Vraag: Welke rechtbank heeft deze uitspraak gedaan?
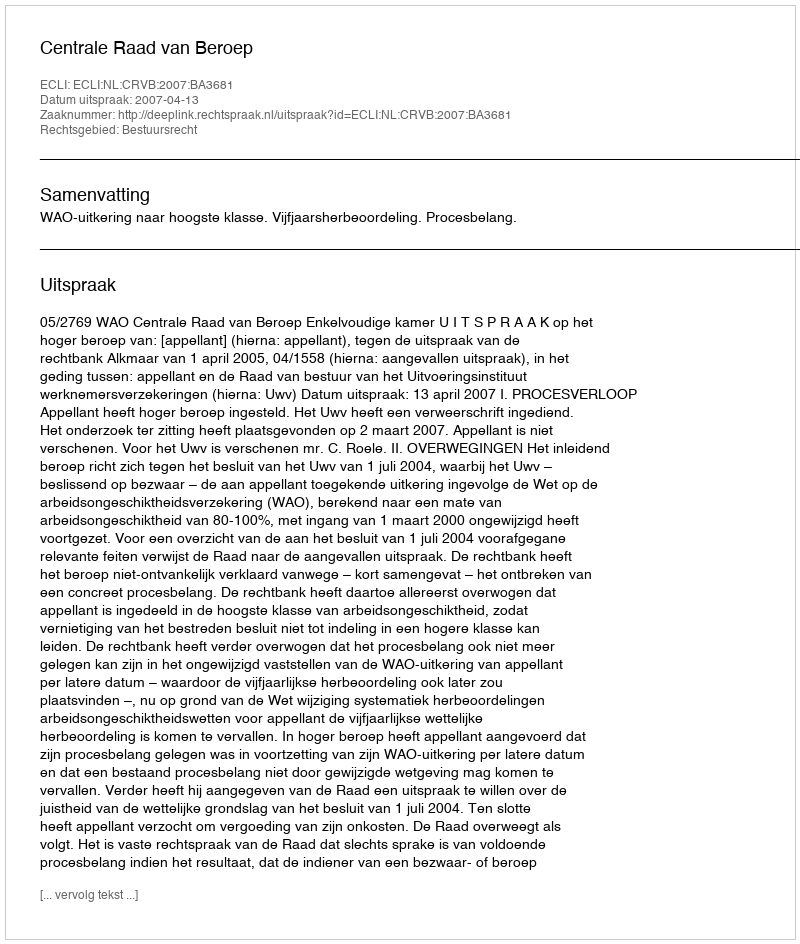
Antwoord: Centrale Raad van Beroep